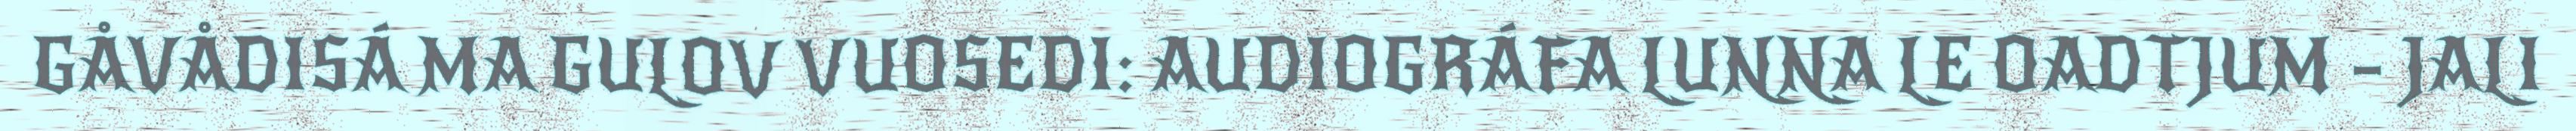
GÅVÅDISÁ MA GULOV VUOSEDI: AUDIOGRÁFA LUNNA LE OADTJUM – JALI